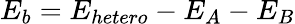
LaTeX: E_{b}=E_{hetero}-E_{A}-E_{B}